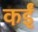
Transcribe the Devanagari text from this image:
कर्इं